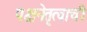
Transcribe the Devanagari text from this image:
पक्षनेतृत्वाची